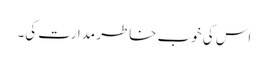
اس کی خوب خاطر مدارت کی۔